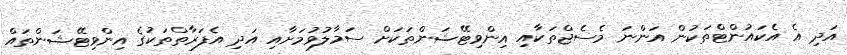
އަދި އެ އެކައުންޓްތަކުން އަންނަ މެސެޖްތަކާއި އިންވިޓޭޝަންތަކަށް ސަމާލުވުމަށާއި އަދި އެފަރާތްތަކުގެ އިންވިޓޭޝަންތައް